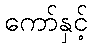
ကော်နှင့်